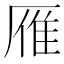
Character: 雁